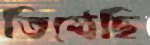
তিষ্ঠেছি